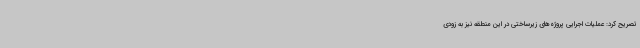
تصریح کرد: عملیات اجرایی پروژه‌های زیرساختی در این منطقه نیز به زودی